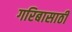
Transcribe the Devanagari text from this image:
गरिबासाठी